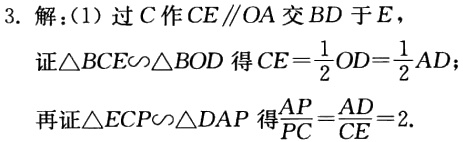
3. 解：(1) 过 \(C\) 作 \(CE\parallel OA\) 交 \(BD\) 于 \(E\)，

证\(\triangle BCE\sim\triangle BOD\) 得 \(CE = \frac{1}{2}OD=\frac{1}{2}AD\)，

再证\(\triangle ECP\sim\triangle DAP\) 得\(\frac{AP}{PC}=\frac{AD}{CE}=2\).